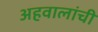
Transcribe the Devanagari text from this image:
अहवालांची